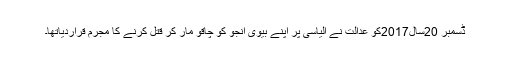
ڈسمبر 20سال2017کو عدالت نے الیاسی پر اپنے بیوی انجو کو چاقو مار کر قتل کرنے کا مجرم قراردیاتھا۔